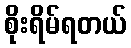
စိုးရိမ်ရတယ်